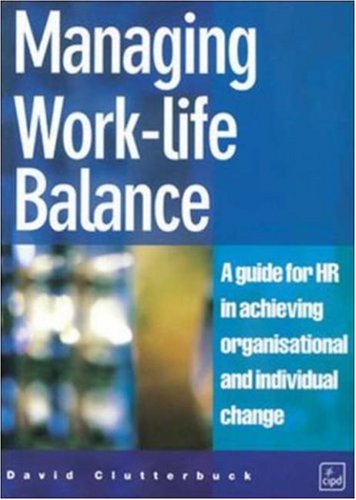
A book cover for Managing the Work-Life Balance; David Clutterbuck; Business & Money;